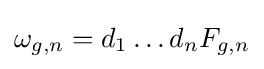
\omega _{g,n}=d_{1}\dots d_{n}F_{g,n}